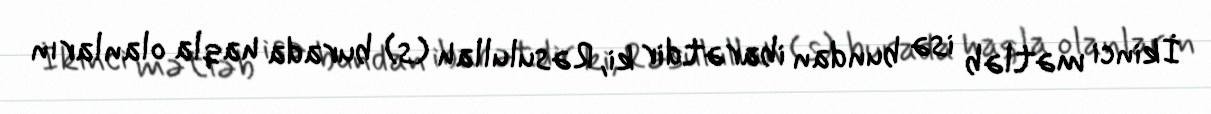
İkinci mətləb isə bundan ibarətdir ki, Rəsulullah (s) burada haqla olanların